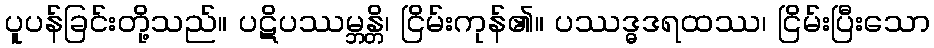
ပူပန်ခြင်းတို့သည်။ ပဋိပဿမ္ဘန္တိ၊ ငြိမ်းကုန်၏။ ပဿဒ္ဓဒရထဿ၊ ငြိမ်းပြီးသော